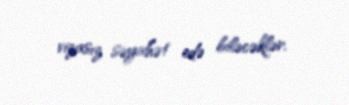
vizasız səyahət edə biləcəklər.